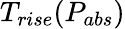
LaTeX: T_{rise}(P_{abs})